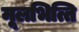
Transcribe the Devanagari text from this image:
मूलभित्ति